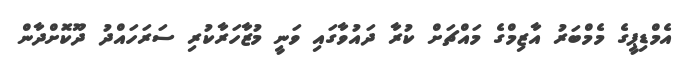
އެމްޑިޕީގެ މެމްބަރު އާޒިމްގެ މައްޗަށް ކުރާ ދައުވާގައި ވަނީ މުޒާހަރާކުރި ސަރަހައްދު ދޫކޮށްދާން